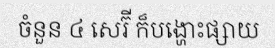
ចំនួន ៤ សេរ៊ី ក៏បង្ហោះផ្សាយ